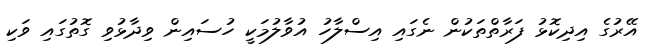
އޭރުގެ އިދިކޮޅު ފަރާތްތަކުން ނެގައި އިސްލާހު އުވާލުމަކީ ހުސައިން ވިދާޅުވި ގޮތުގައި ވަކި